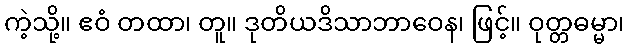
ကဲ့သို့။ ဧဝံ တထာ၊ တူ။ ဒုတိယဒိသာဘာဝေန၊ ဖြင့်။ ဝုတ္တဓမ္မာ၊